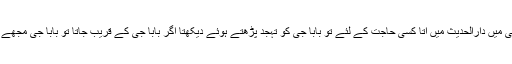
محمد نصیر احمد خان پہرے دار دارالحدیث راجووال بیان کرتا ہے کہ آدھی رات کے وقت جب بھی میں دارالحدیث میں آتا کسی حاجت کے لئے تو بابا جی کو تہجد پڑھتے ہوئے دیکھتا اگر بابا جی کے قریب جاتا تو بابا جی مجھے کہتے بیٹا میں بہت گناہ گار انسان ہوں میرے لئے دعا کیا کریں اللہ تعالی مجھے معاف فرمائے ۔